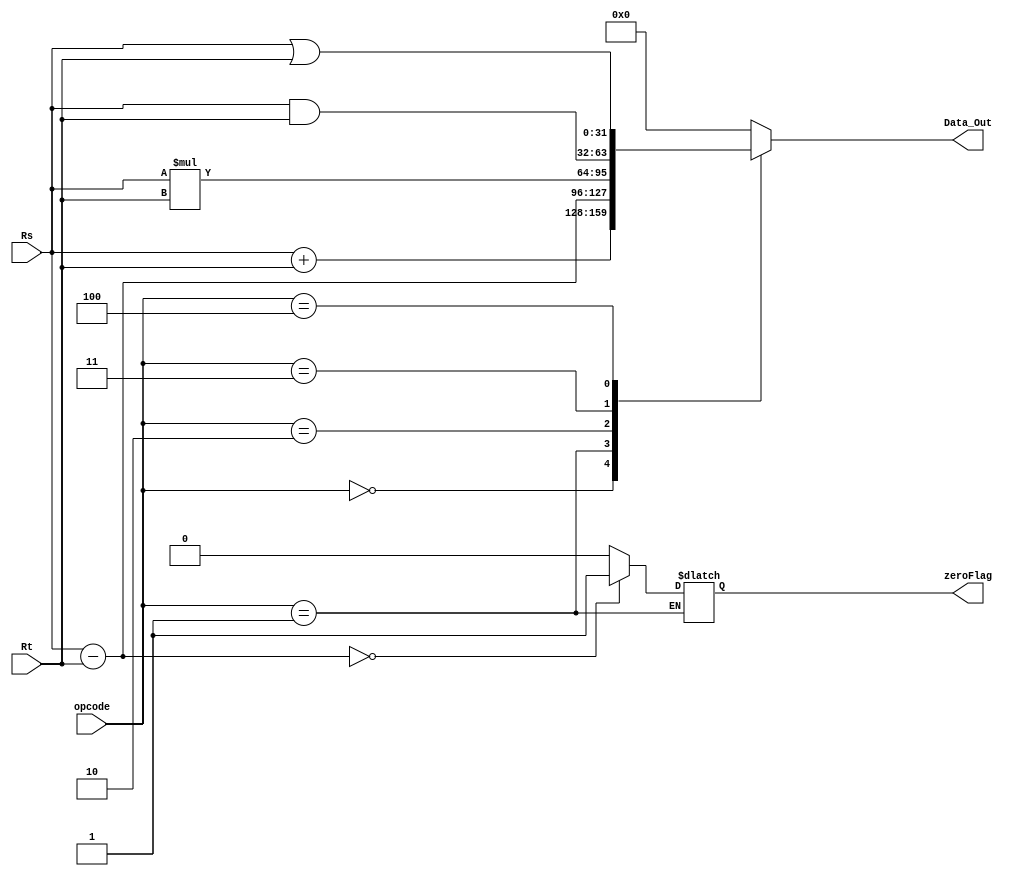
module ALU_MultiCycle(
 output reg [31:0] Data_Out,
 output reg zeroFlag,
 input [31:0] Rs,
 input [31:0] Rt,
 input [3:0] opcode
);

always@(*) begin
case(opcode)
4'b0000: begin 
Data_Out = Rs+Rt;
end
4'b0001: begin 
 Data_Out = Rs-Rt;
 // For BEQ
 if (Data_Out == 32'd0) begin
  zeroFlag <= 1'b1;
 end
 else begin zeroFlag<=0; end
end
4'b0010: begin
Data_Out = Rs*Rt;
end
4'b0011: begin
Data_Out = Rs&Rt;
end
4'b0100: begin
Data_Out = Rs|Rt;
end
default: begin
Data_Out = 32'd0;
end
endcase
end

endmodule